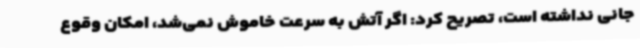
جانی نداشته است، تصریح کرد: اگر آتش به سرعت خاموش نمی‌شد، امکان وقوع